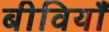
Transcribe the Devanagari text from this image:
बीवियाँ